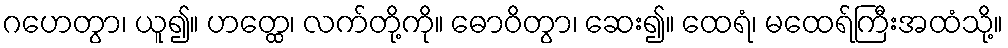
ဂဟေတွာ၊ ယူ၍။ ဟတ္ထေ၊ လက်တို့ကို။ ဓောဝိတွာ၊ ဆေး၍။ ထေရံ၊ မထေရ်ကြီးအထံသို့။